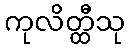
ကုလိတ္ထီသု